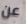
عن